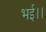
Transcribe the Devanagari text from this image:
भई।।